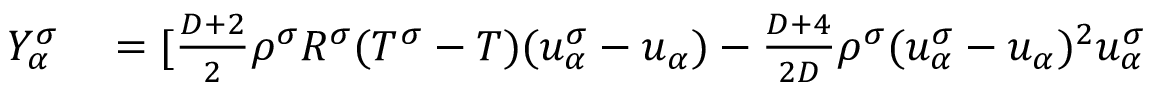
\begin{array} { r } { \begin{array} { r l } { Y _ { \alpha } ^ { \sigma } } & { { } = [ \frac { D + 2 } { 2 } \rho ^ { \sigma } R ^ { \sigma } ( T ^ { \sigma } - T ) ( u _ { \alpha } ^ { \sigma } - u _ { \alpha } ) - \frac { D + 4 } { 2 D } \rho ^ { \sigma } ( u _ { \alpha } ^ { \sigma } - u _ { \alpha } ) ^ { 2 } u _ { \alpha } ^ { \sigma } } \end{array} } \end{array}